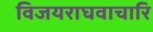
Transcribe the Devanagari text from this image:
विजयराघवाचारि